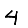
Digit: 4